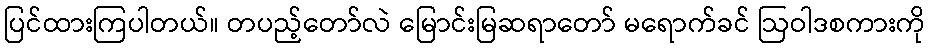
ပြင်ထားကြပါတယ်။ တပည့်တော်လဲ မြောင်းမြဆရာတော် မရောက်ခင် ဩဝါဒစကားကို